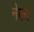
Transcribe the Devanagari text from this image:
नेका